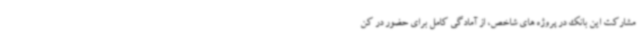
مشارکت این بانک در پروژه های شاخص، از آمادگی کامل برای حضور در کن